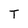
Character: T